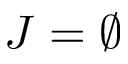
J = \emptyset